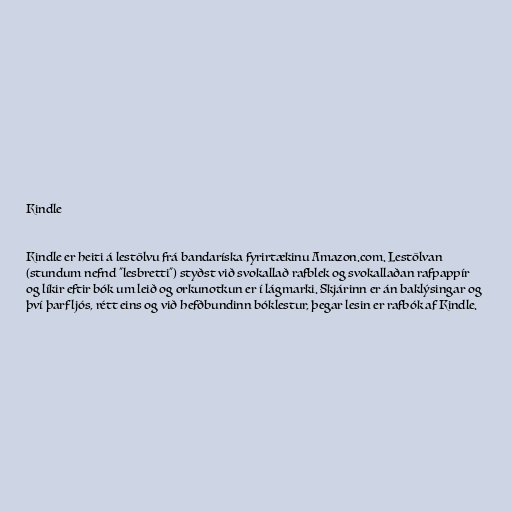
Kindle

Kindle er heiti á lestölvu frá bandaríska fyrirtækinu Amazon.com. Lestölvan
(stundum nefnd "lesbretti") styðst við svokallað rafblek og svokallaðan rafpappír
og líkir eftir bók um leið og orkunotkun er í lágmarki. Skjárinn er án baklýsingar og
því þarf ljós, rétt eins og við hefðbundinn bóklestur, þegar lesin er rafbók af Kindle.